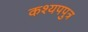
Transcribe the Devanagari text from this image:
कश्यपपुत्र